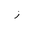
Letter: _zay